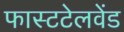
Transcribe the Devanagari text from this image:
फास्टटेलवेंड